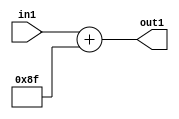
`timescale 1ps / 1ps
/*****************************************************************************
    Verilog RTL Description
    
    
    Created by: Stratus DpOpt 2019.1.01 
*******************************************************************************/

module DC_Filter_Add_12U_258_4 (
	in1,
	out1
	); /* architecture "behavioural" */ 
input [11:0] in1;
output [11:0] out1;
wire [11:0] asc001;

assign asc001 = 
	+(in1)
	+(12'B000010001111);

assign out1 = asc001;
endmodule

/* CADENCE  urn2Sgw= : u9/ySgnWtBlWxVPRXgAZ4Og= ** DO NOT EDIT THIS LINE ******/